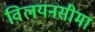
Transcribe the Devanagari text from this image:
विलयनसीमा